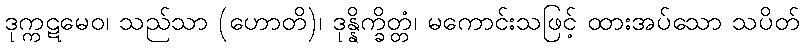
ဒုက္ကဋမေဝ၊ သည်သာ (ဟောတိ)၊ ဒုန္နိက္ခိတ္တံ၊ မကောင်းသဖြင့် ထားအပ်သော သပိတ်